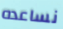
نساعده